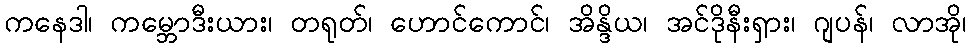
ကနေဒါ၊ ကမ္ဘောဒီးယား၊ တရုတ်၊ ဟောင်ကောင်၊ အိန္ဒိယ၊ အင်ဒိုနီးရှား၊ ဂျပန်၊ လာအို၊